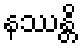
နဿန္တိ